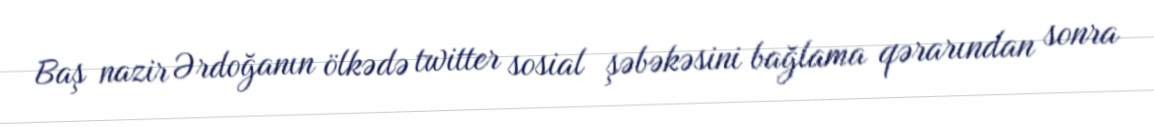
Baş nazir Ərdoğanın ölkədə twitter sosial şəbəkəsini bağlama qərarından sonra